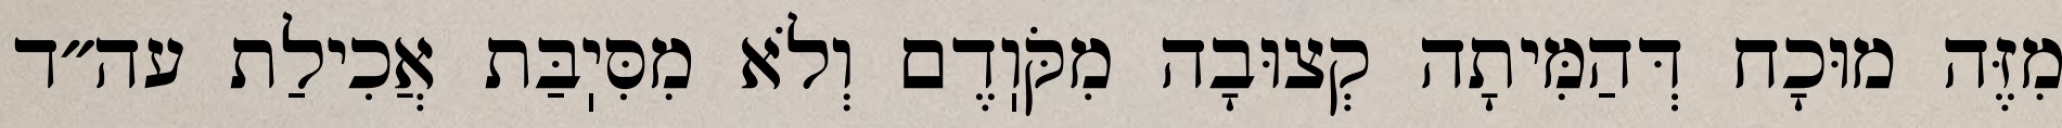
מִזֶּה מוּכָח דְּהַמִּיתָה קְצוּבָה מִקֹּוֽדֶם וְלֹא מִסִּיֽבַּת אֲכִילַת עה״ד